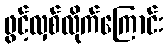
ဖွင့်လှစ်လိုက်ကြောင်း